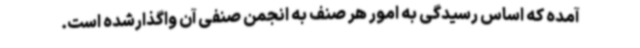
آمده که اساس رسیدگی به امور هر صنف به انجمن صنفی آن واگذارشده است.